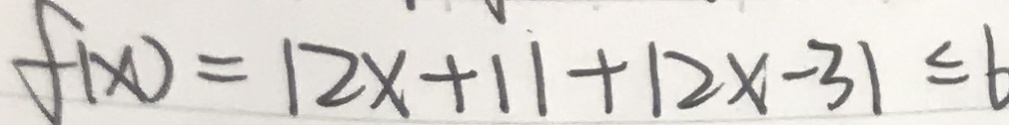
f ( x ) = 1 2 x + 1 1 + 1 2 x - 3 1 \leq 6